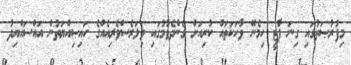
މިފުރުޞަތުގައި ގިނަ ޕާޓީ ހިމެނޭ ވާހަކަތައް ކުރިއަށް ގެންދެވުމުގައި ވިލަރެސްވެރިއެއްގެ ހައިޞިއްޔަތުން އައްސައްޔިދު